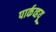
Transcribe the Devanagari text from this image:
पार्कव्हयू